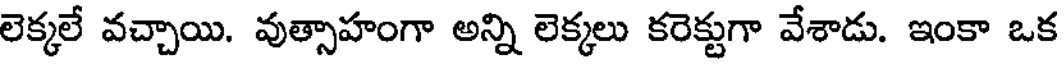
లెక్కలే వచ్చాయి. వుత్సాహంగా అన్ని లెక్కలు కరెక్టుగా వేశాడు. ఇంకా ఒక